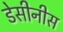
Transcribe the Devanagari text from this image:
डेसीनीस